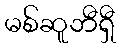
မစ်ဆူဘီရှီ